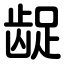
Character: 龊